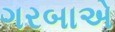
ગરબાએ